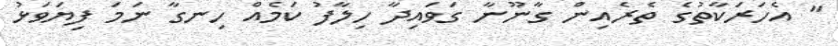
" އެހަރަކާތުގެ ތެރެއިން ގާނޫނާ ގަވައިދާ ހިލާފު ކަމެއް ހިނގާ ނަމަ ފިޔަވަޅު